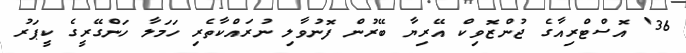
36' އޮސްޓްރިއާގެ ޖުންޒޮވިކް އޭރިޔާ ބޭރުން ފޮނުވާލި ނުރައްކާތެރި ހަމަލާ ހަންގޭރީގެ ކީޕަރު